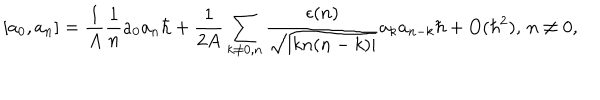
LaTeX: [ a _ { 0 } , a _ { n } ] = { \frac { 1 } { A } } { \frac { 1 } { n } } a _ { 0 } a _ { n } \hbar + { \frac { 1 } { 2 A } } \sum _ { k \ne 0 , n } { \frac { \epsilon ( n ) } { \sqrt { | k n ( n - k ) | } } } a _ { k } a _ { n - k } \hbar + O ( \hbar ^ { 2 } ) , \, n \ne 0 ,